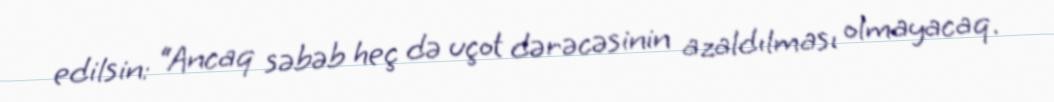
edilsin: “Ancaq səbəb heç də uçot dərəcəsinin azaldılması olmayacaq.